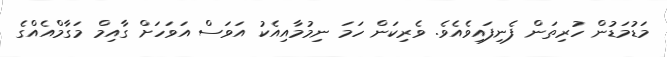
މަޑުމަޑުން ހުރިތަން ފެނިފައިވެއެވެ. ވެރިކަން ހަމަ ނިމުމާއިއެކު އަވަސް އަވަހަށް ގާއިމް މަގާމްއެއްގެ